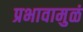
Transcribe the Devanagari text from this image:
प्रभावामुळं